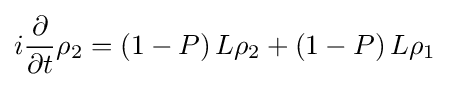
i{\frac {\partial }{\partial t}}\rho _{2}=\left(1-P\right)L\rho _{2}+\left(1-P\right)L\rho _{1}